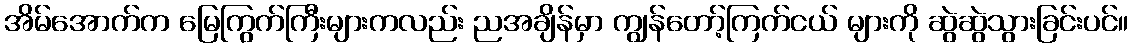
အိမ်အောက်က မြေကြွက်ကြီးများကလည်း ညအချိန်မှာ ကျွန်တော့်ကြက်ငယ် များကို ဆွဲဆွဲသွားခြင်းပင်။